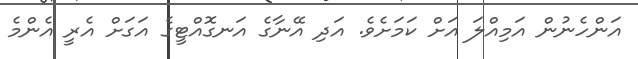
އަންހެނުން އަމިއްލަ އަށް ކަމަށެވެ. އަދި އޭނާގެ އަނގޮއްޓީގެ އަގަށް އެރީ އެންމެ